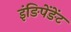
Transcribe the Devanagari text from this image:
इंङिपेंङेंट